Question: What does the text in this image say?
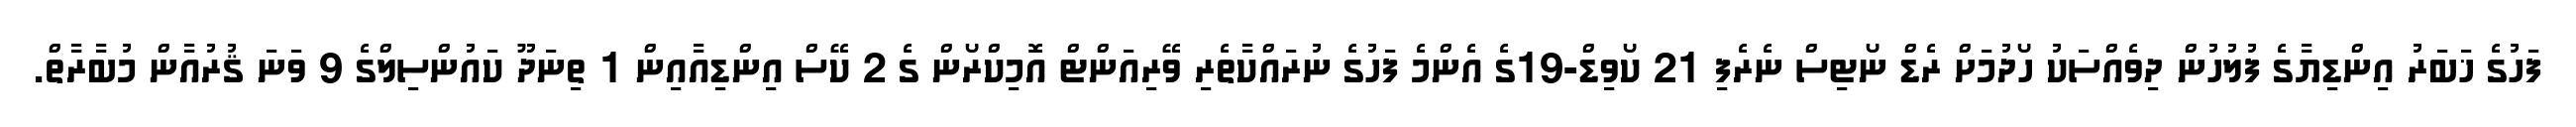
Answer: ފަހުގެ ޚަބަރު އިންޑިޔާގެ ފުލުހުން ދިވެއްސަކު ހޯދުމަށް ރެޑް ނޯޓިސް ނެރެފި 21 ކޯވިޑް-19ގެ އެންމެ ފަހުގެ ނުރައްކާތެރި ވޭރިއަންޓް އޮމިކްރޯން ގެ 2 ކޭސް އިންޑިއާއިން 1 ތިނަދޫ ކައުންސިލްގެ 9 ވަނަ ޤުރުއާން މުބާރާތް.